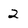
Character: 2